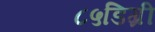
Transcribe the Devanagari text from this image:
८५डिग्री